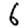
Digit: 6